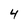
Character: 4